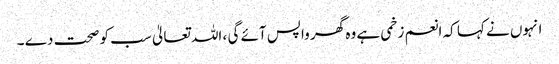
انہوں نے کہا کہ انعم زخمی ہے وہ گھر واپس آئے گی ، اللہ تعالیٰ سب کو صحت دے ۔